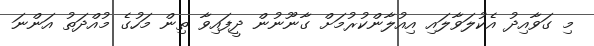
މި ގަވާއިދު އެކުލަވާލައި އިއުލާންކުރުމަށް ގާނޫނުން ދީފައިވާ ތިން މަހުގެ މުއްދަތު އަންނަ